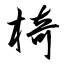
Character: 椅